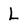
Character: L